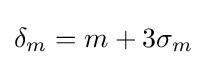
\delta _{m}=m+3\sigma _{m}